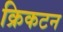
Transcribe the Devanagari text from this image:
क्रिकटन